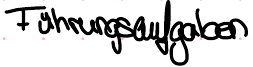
Führungsaufgaben